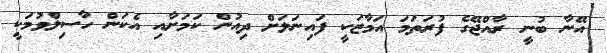
އޭނާ ބުނީ ރާއްޖޭގެ ފުރަތަމަ އަމާޒަކީ ފައިނަލަށް ދިއުން ކަމަށާއި އެކަން ހާސިލްވުމަކީ